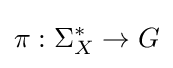
\pi :\Sigma _{X}^{\ast }\to G